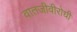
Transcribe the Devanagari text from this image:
वातजीवीरोधी